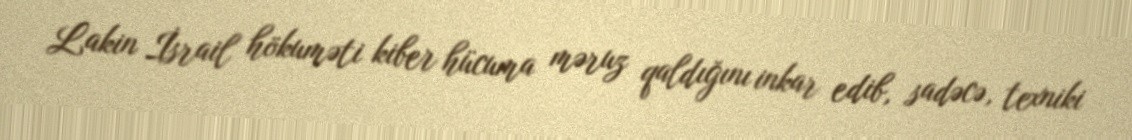
Lakin İsrail hökuməti kiber hücuma məruz qaldığını inkar edib, sadəcə, texniki